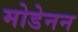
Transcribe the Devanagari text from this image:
मोडेनन